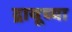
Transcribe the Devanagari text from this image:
द्रायूच्या